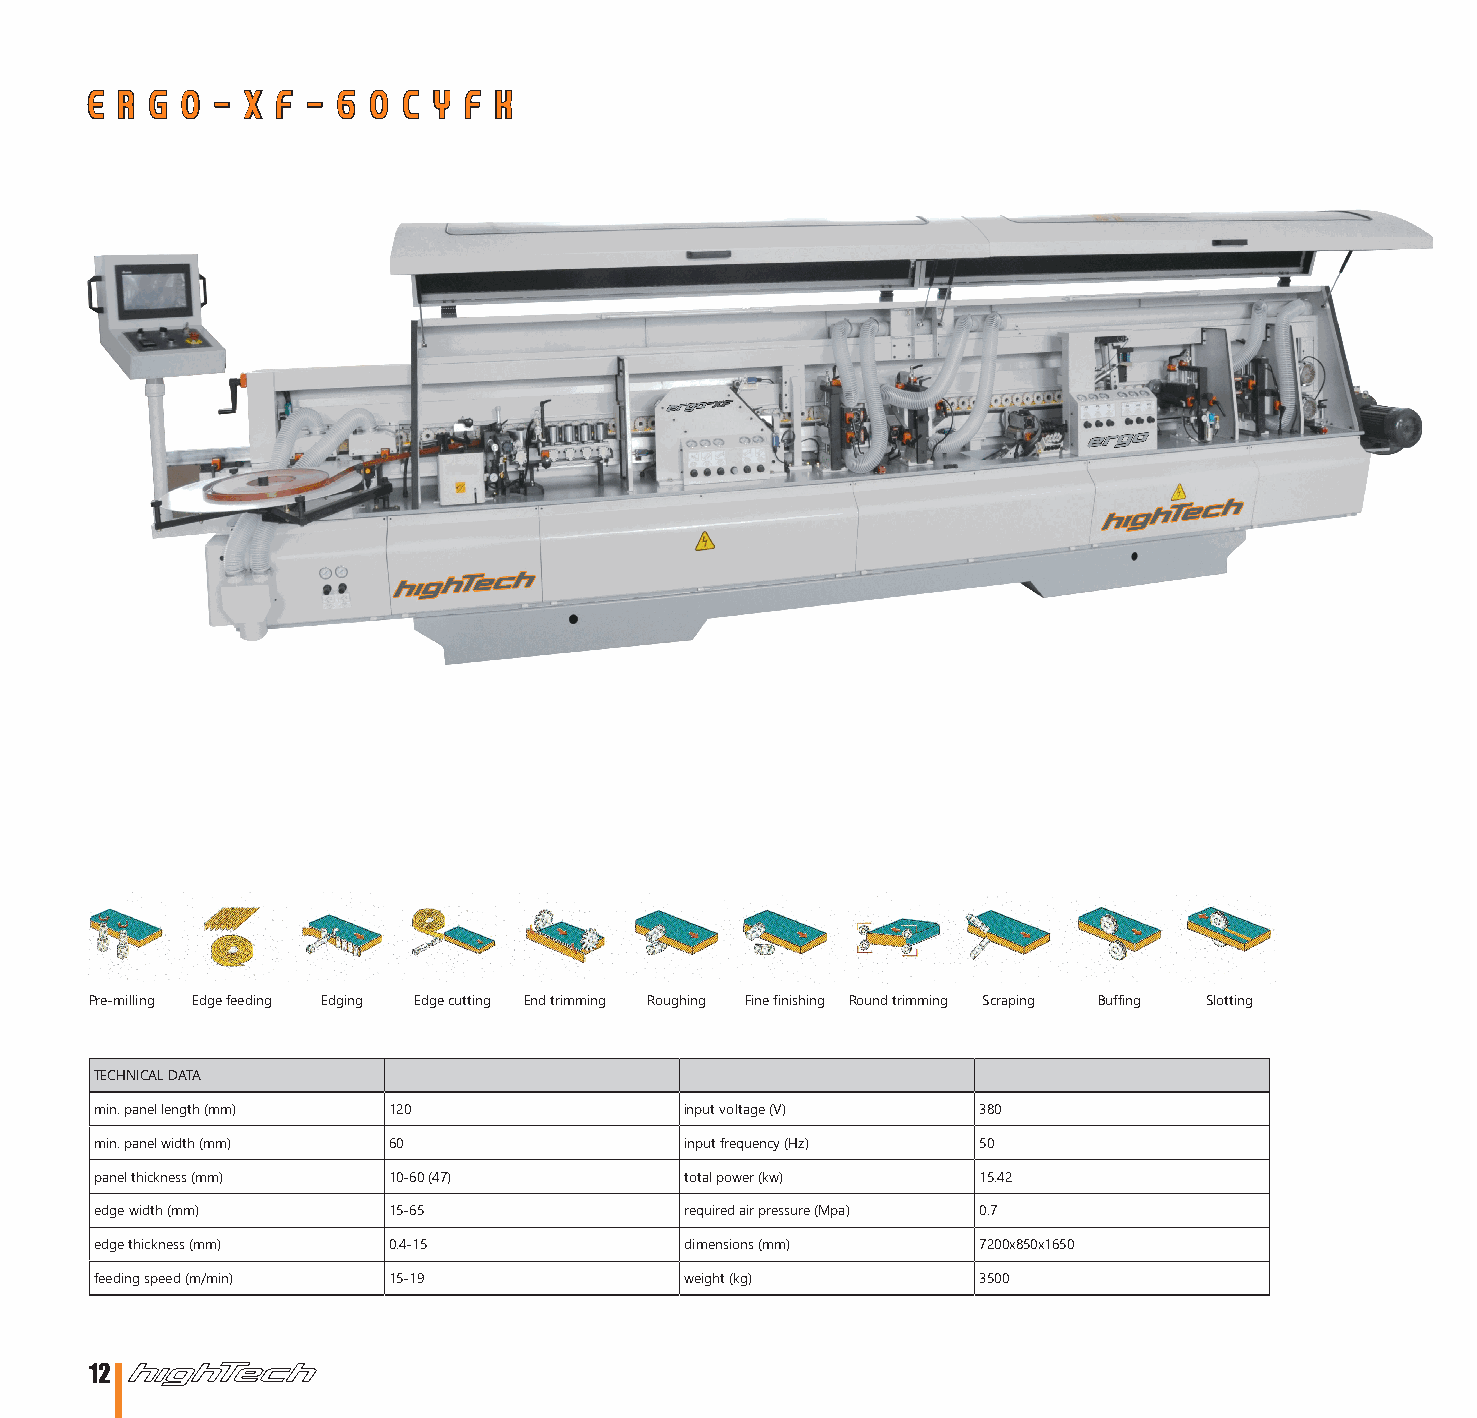
E R G O - X F - 6  0 C Y F K
 Pre-milling Edge feeding Edging Edge cutting End trimming Roughing Fine finishing Round trimming Scraping Buffing Slotting
 TECHNICAL DATA
 min. panel length (mm) 120             input voltage (V)   380
 min. panel width (mm) 60               input frequency (Hz) 50
 panel thickness (mm) 10-60 (47)        total power (kw)    15.42
 edge width (mm)     15-65              required air pressure (Mpa) 0.7
 edge thickness (mm) 0.4-15             dimensions (mm)     7200x850x1650
 feeding speed (m/min) 15-19            weight (kg)         3500
 12